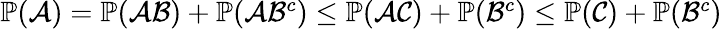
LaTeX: \begin{array}{r}{\operatorname{\mathbb P}(\mathcal{A})=\operatorname{\mathbb P}(\mathcal{A}\mathcal{B})+\operatorname{\mathbb P}(\mathcal{A}\mathcal{B}^{c})\le\operatorname{\mathbb P}(\mathcal{A}\mathcal{C})+\operatorname{\mathbb P}(\mathcal{B}^{c})\le\operatorname{\mathbb P}(\mathcal{C})+\operatorname{\mathbb P}(\mathcal{B}^{c})}\end{array}